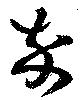
卒